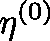
\mathbf { \eta } ^ { ( 0 ) }